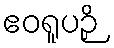
ဧဝရူပဉှိ